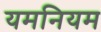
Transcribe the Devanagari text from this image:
यमनियम